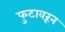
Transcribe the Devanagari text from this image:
फुटावरून